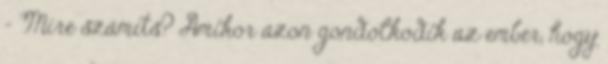
- Mire számíts? Amikor azon gondolkodik az ember, hogy